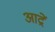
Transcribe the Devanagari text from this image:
आद्रें